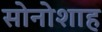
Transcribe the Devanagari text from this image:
सोनोशाह